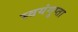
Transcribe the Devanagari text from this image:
स्वयंगुप्ता